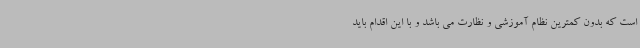
است که بدون کمترین نظام آموزشی و نظارت می باشد و با این اقدام باید